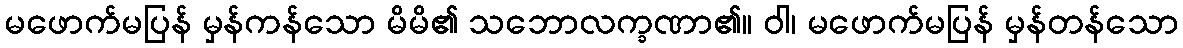
မဖောက်မပြန် မှန်ကန်သော မိမိ၏ သဘောလက္ခဏာ၏။ ဝါ၊ မဖောက်မပြန် မှန်တန်သော